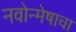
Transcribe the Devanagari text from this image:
नवोन्मेषाचा